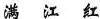
满 江 红